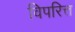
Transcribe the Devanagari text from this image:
विपरित्त